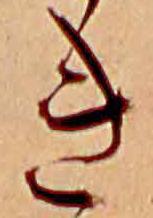
き